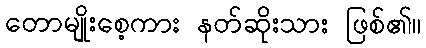
တောမျိုးစေ့ကား နတ်ဆိုးသား ဖြစ်၏။